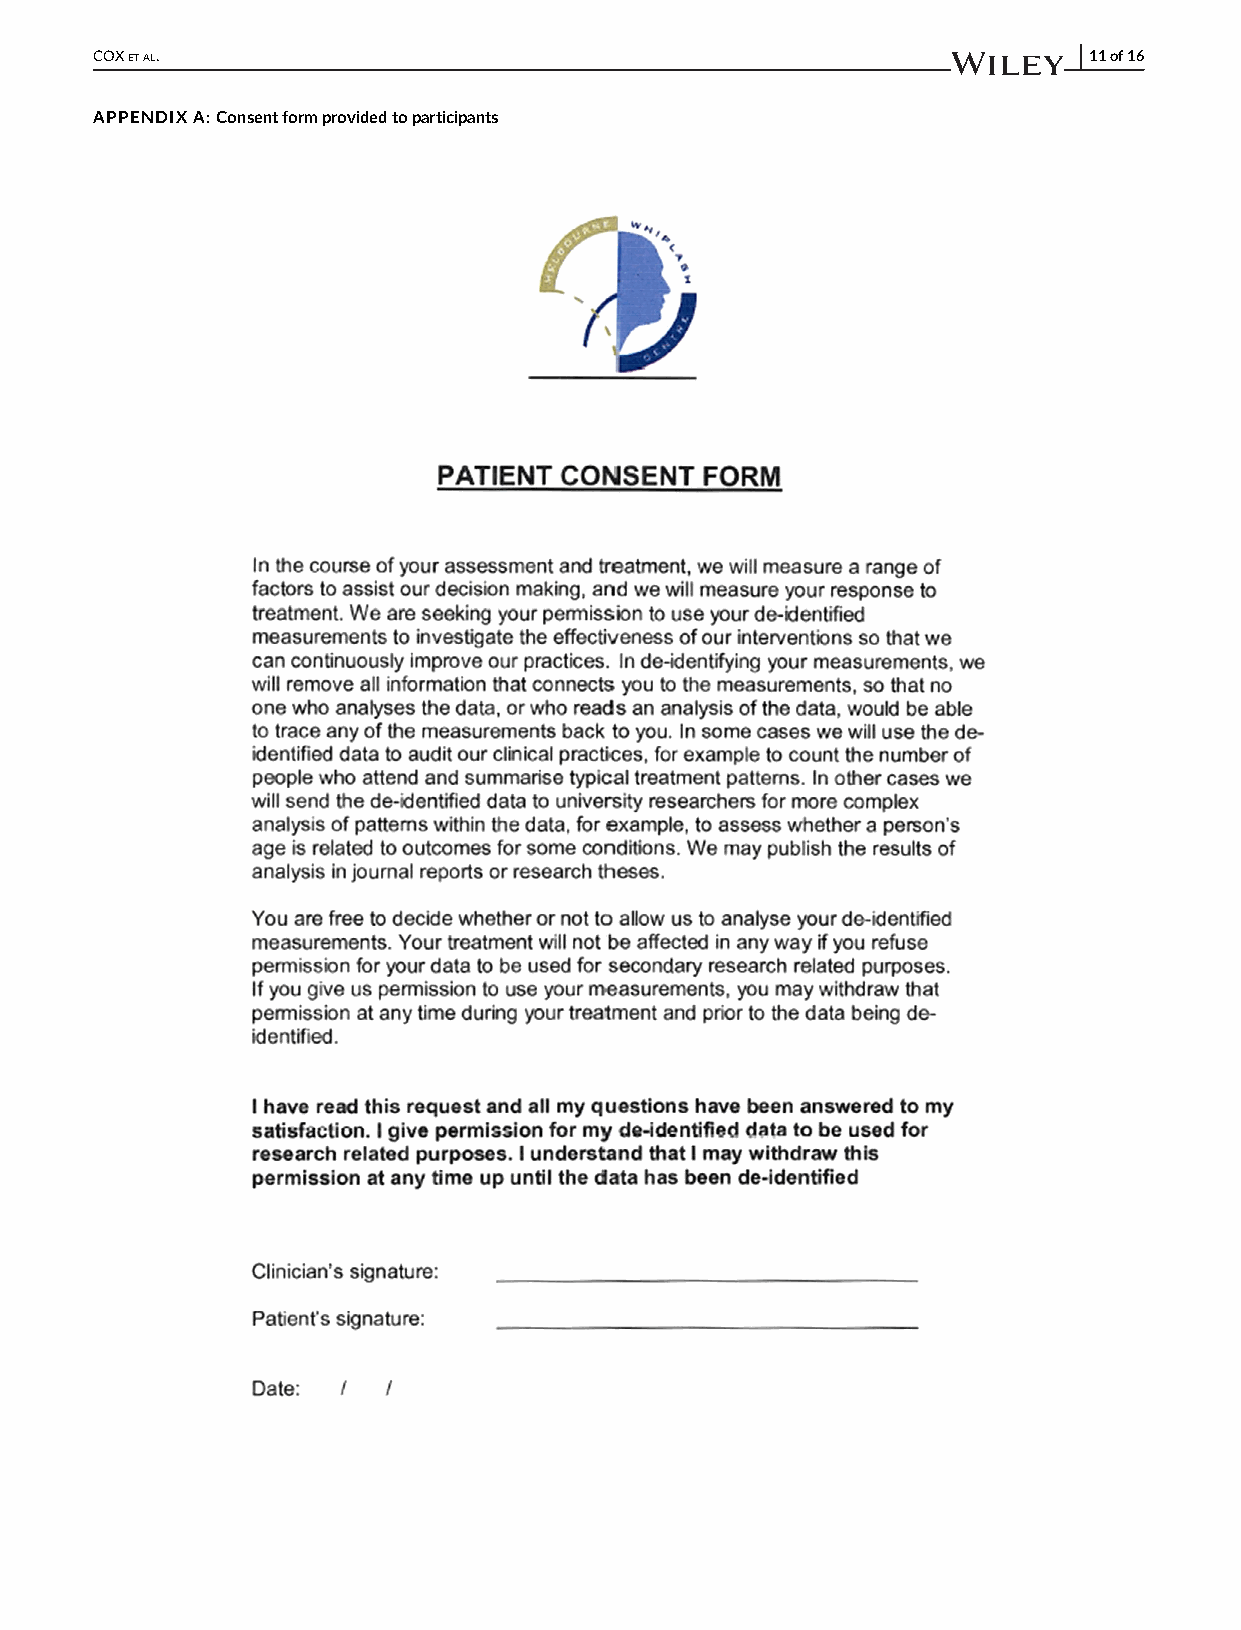
COXETAL.                                                          11of16
 APPENDIXA:Consentformprovidedtoparticipants